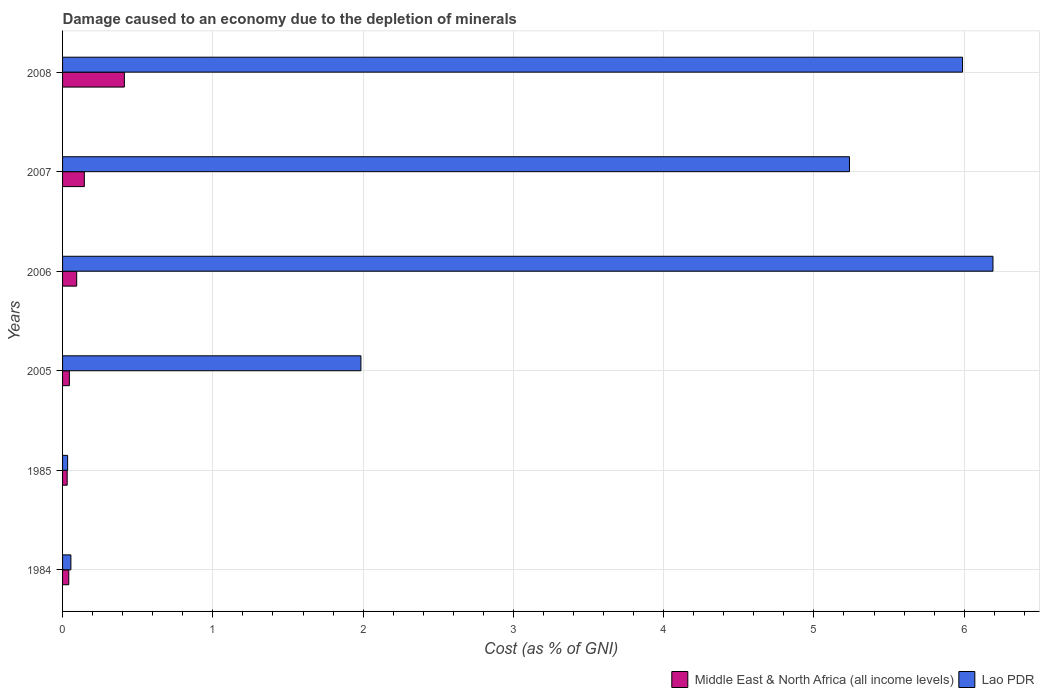
| Years | Middle East & North Africa (all income levels) | Lao PDR |
 | --- | --- | --- |
 | 1984 | 0.0414 | 0.0554 |
 | 1985 | 0.0306 | 0.0337 |
 | 2005 | 0.0453 | 1.99 |
 | 2006 | 0.0939 | 6.19 |
 | 2007 | 0.145 | 5.24 |
 | 2008 | 0.411 | 5.99 |